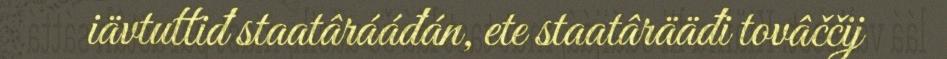
iävtuttiđ staatârááđán, ete staatârääđi tovâččij